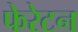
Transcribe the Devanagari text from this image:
फेरेटन